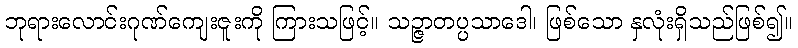
ဘုရားလောင်းဂုဏ်ကျေးဇူးကို ကြားသဖြင့်။ သဉ္ဇာတပ္ပသာဒေါ၊ ဖြစ်သော နှလုံးရှိသည်ဖြစ်၍။